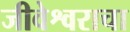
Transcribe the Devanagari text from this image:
जीवेश्वराचा